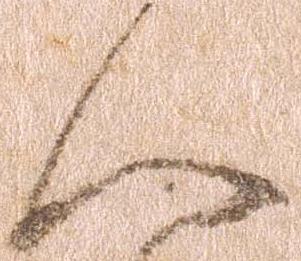
へ